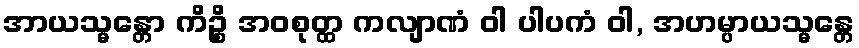
အာယသ္မန္တော ကိဉ္စိ အဝစုတ္ထ ကလျာဏံ ဝါ ပါပကံ ဝါ, အဟမ္ပာယသ္မန္တေ